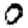
Digit: 0